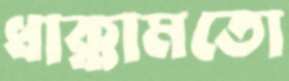
ধাক্কামতো